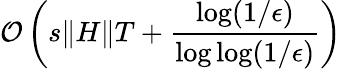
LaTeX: \mathcal{O}\left(s\| H\| T+\frac{\log(1/\epsilon)}{\log\log(1/\epsilon)}\right)